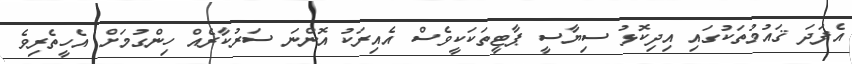
އެފަދަ ޤައުމުތަކުގައި އިދިކޮޅު ސިޔާސީ ޕާޓީތަކަކީވެސް އެއިރަކު އޮންނަ ސަރުކާރެއް ހިންގުމަށް އެހީތެރިވެ